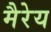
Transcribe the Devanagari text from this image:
मैरेय